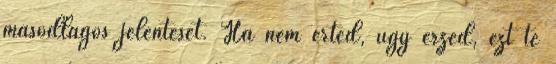
másodlagos jelentését. Ha nem érted, úgy érzed, ezt te